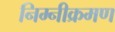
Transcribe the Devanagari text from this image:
निम्नीक्रमण